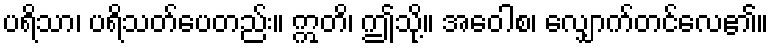
ပရိသာ၊ ပရိသတ်ပေတည်း။ ဣတိ၊ ဤသို့။ အဝေါစ၊ လျှောက်တင်လေ၏။